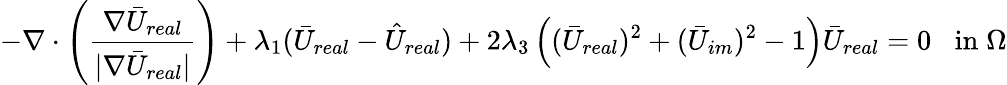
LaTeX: -\nabla\cdot\left(\frac{\nabla\bar{U}_{real}}{|\nabla\bar{U}_{real}|}\right)+\lambda_{1}(\bar{U}_{real}-\hat{U}_{real})+2\lambda_{3}\left((\bar{U}_{real})^{2}+(\bar{U}_{im})^{2}-1\right)\bar{U}_{real}=0\; \; \; \mathrm{in}\; \Omega